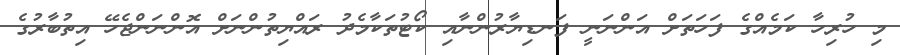
މި ހުރިހާ ކަމެއްގެ ފަހަތަށް އަންނަނީ ފަނޑިޔާރުންނާއި ކޯޓުތަކާމެދު ރައްޔިތުންނަށް އޮންނަންޖެހޭ އިތުބާރުގެ